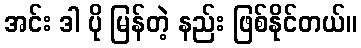
အင်း ဒါ ပို မြန်တဲ့ နည်း ဖြစ်နိုင်တယ်။